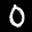
Label: 0